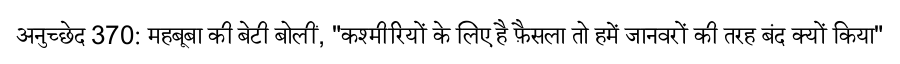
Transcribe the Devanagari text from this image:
अनुच्छेद 370: महबूबा की बेटी बोलीं, "कश्मीरियों के लिए है फ़ैसला तो हमें जानवरों की तरह बंद क्यों किया"